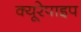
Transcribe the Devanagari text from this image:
क्यूरेपाइप